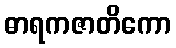
ဓာရကဇာတိကော